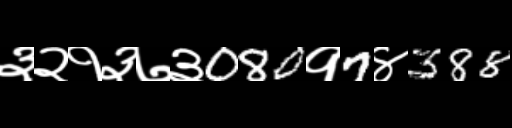
Text: ३२१३७३080१7४388